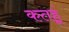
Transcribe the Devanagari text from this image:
कतहूं